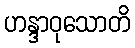
ဟန္ဒာဝုသောတိ